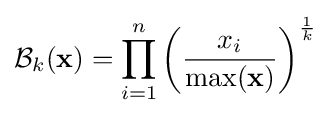
{\mathcal {B}}_{k}(\mathbf {x} )=\prod _{i=1}^{n}\left({\frac {x_{i}}{\max(\mathbf {x} )}}\right)^{\frac {1}{k}}